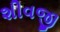
શીવજી